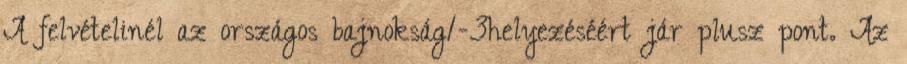
A felvételinél az országos bajnokság1-3helyezéséért jár plusz pont. Az